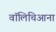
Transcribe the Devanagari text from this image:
वॉलिचिआना